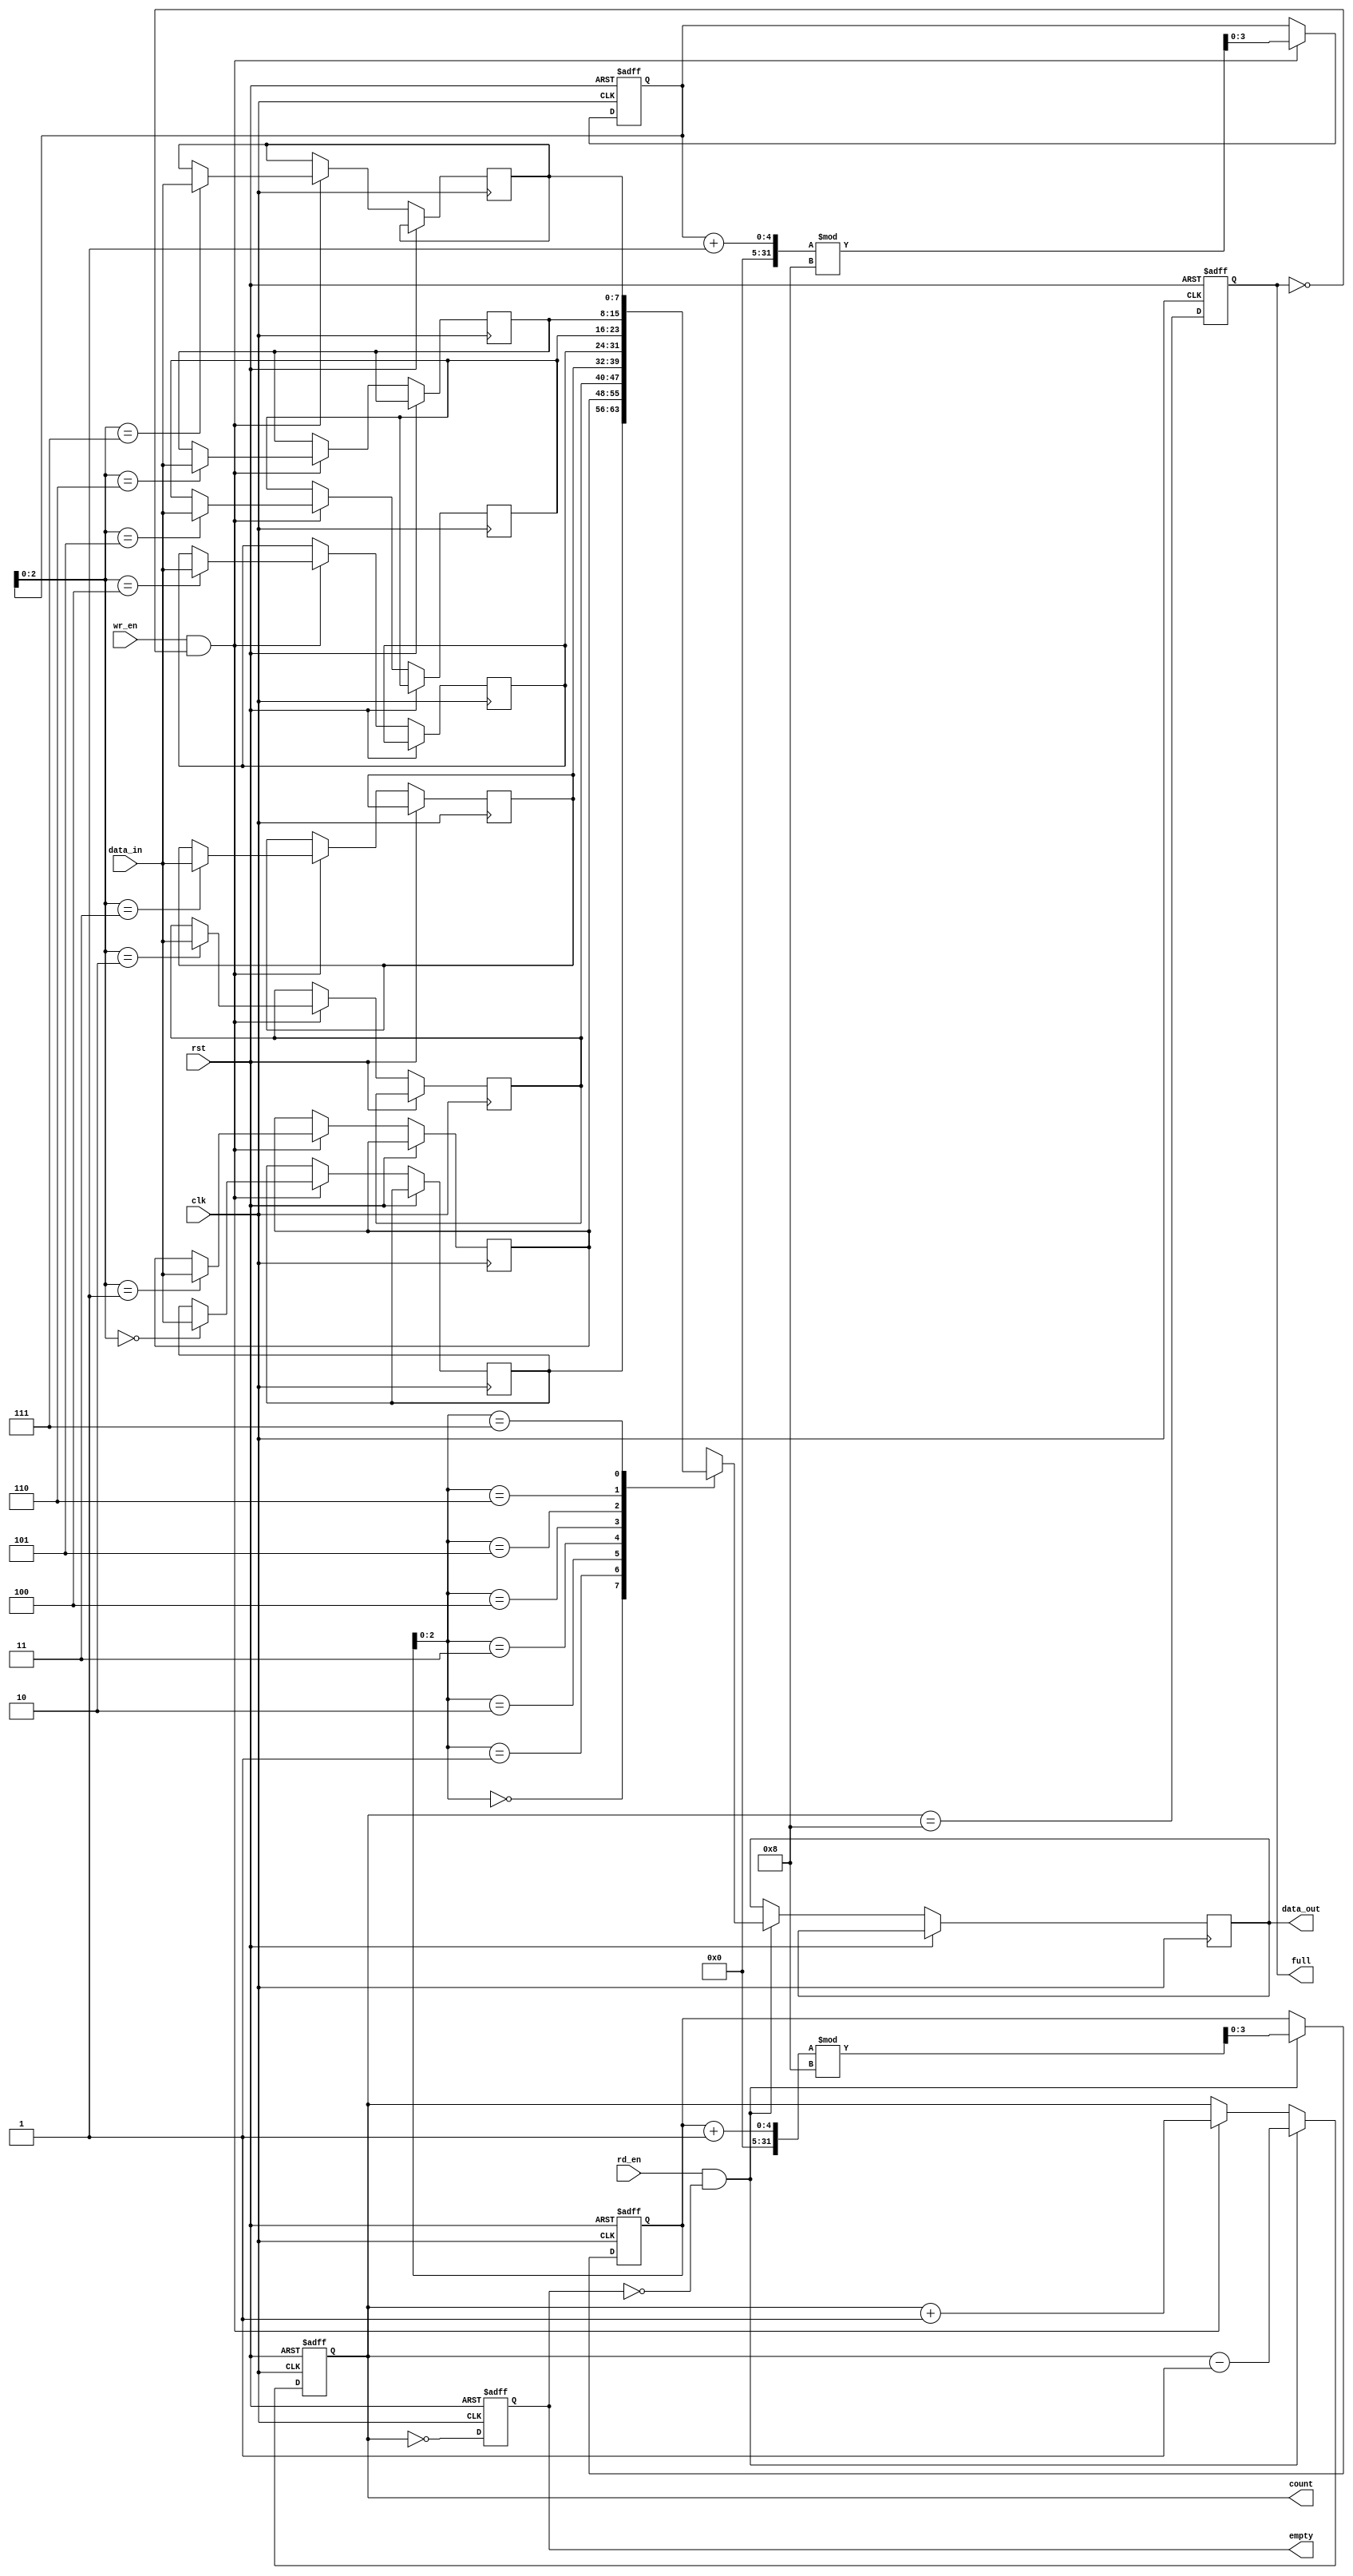
module param_fifo #(
    parameter N = 8,  // Depth of the FIFO
    parameter W = 8   // Width of each entry
) (
    input wire clk,          // Clock signal
    input wire rst,          // Asynchronous reset
    input wire [W-1:0] data_in,  // Input data to write
    input wire wr_en,        // Write enable
    input wire rd_en,        // Read enable
    output reg [W-1:0] data_out, // Output data read
    output reg full,         // Full flag
    output reg empty,        // Empty flag
    output reg [3:0] count   // Current number of entries
);

    // Storage array
    reg [W-1:0] fifo_mem [0:N-1];
    reg [3:0] read_ptr;      // Read pointer
    reg [3:0] write_ptr;     // Write pointer

    // Asynchronous reset
    always @(posedge clk or posedge rst) begin
        if (rst) begin
            // Clear FIFO
            read_ptr <= 0;
            write_ptr <= 0;
            count <= 0;
            full <= 0;
            empty <= 1;
        end else begin
            // Write Operation
            if (wr_en && !full) begin
                fifo_mem[write_ptr] <= data_in; // Write data
                write_ptr <= (write_ptr + 1) % N; // Increment write pointer
                count <= count + 1; // Increment count
            end

            // Read Operation
            if (rd_en && !empty) begin
                data_out <= fifo_mem[read_ptr]; // Read data
                read_ptr <= (read_ptr + 1) % N; // Increment read pointer
                count <= count - 1; // Decrement count
            end

            // Update full and empty flags
            full <= (count == N);
            empty <= (count == 0);
        end
    end
endmodule